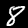
Digit: 8